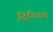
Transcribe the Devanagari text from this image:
दिनियार